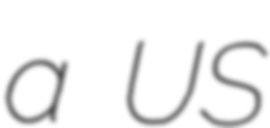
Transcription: a US